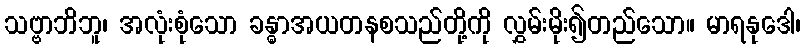
သဗ္ဗာဘိဘူ၊ အလုံးစုံသော ခန္ဓာအယတနစသည်တို့ကို လွှမ်းမိုး၍တည်သော။ မာရနုဒေါ၊